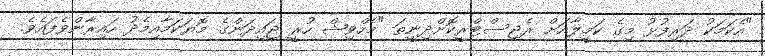
"އެކަމަކު ދަރިފުޅު މިގެ ކަމީލާއަށް ރެޖިސްޓްރީކޮށްދިނީތަ "މެހްވިޝް ހުރީ ޖައިދަންގެ މޮޔަކަމާއިމެދު ހައިރާންވެފައެވެ.